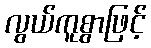
လွယ်ကူစွာဖြင့်